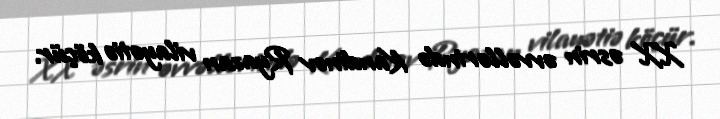
XX əsrin əvvəllərində Kandinov Ryazan vilayətiə köçür.